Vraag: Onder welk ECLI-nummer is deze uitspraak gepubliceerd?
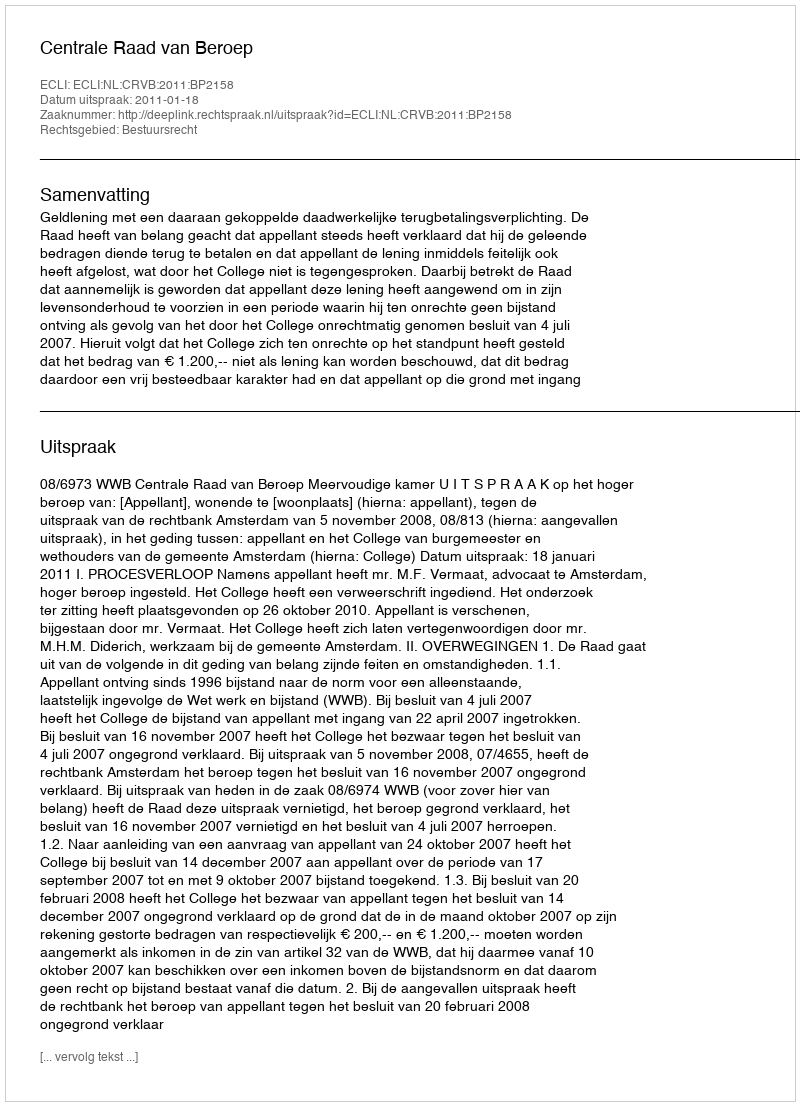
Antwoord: ECLI:NL:CRVB:2011:BP2158